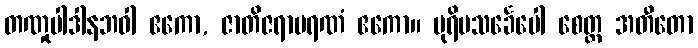
တဏှုပါဒါနဘဝါ ဧကော, ဇာတိဇရာမရဏံ ဧကော။ ပုရိမသင်္ခေပေါ စေတ္ထ အတီတော